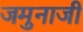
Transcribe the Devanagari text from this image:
जमुनाजी